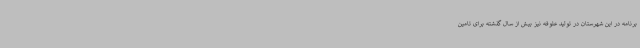
برنامه در این شهرستان در تولید علوفه نیز بیش از سال گذشته برای تامین